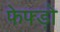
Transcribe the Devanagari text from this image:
फेफ्ड़ो